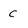
Character: c